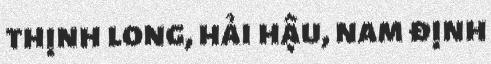
thịnh long, hải hậu, nam định